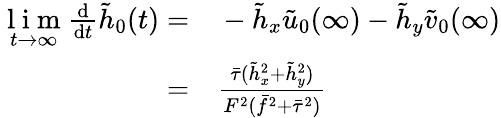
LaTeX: \begin{array}{rl}{\underset{t\rightarrow\infty}{\mathrm{~l~i~m~}}\frac{\mathrm{d}}{\mathrm{d}t}\tilde{h}_{0}(t)=}&{{}-\tilde{h}_{x}\tilde{u}_{0}(\infty)-\tilde{h}_{y}\tilde{v}_{0}(\infty)}\\ {=}&{{}\frac{\bar{\tau}(\tilde{h}_{x}^{2}+\tilde{h}_{y}^{2})}{F^{2}(\bar{f}^{2}+\bar{\tau}^{2})}}\end{array}